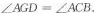
∠AGD = ∠ACB .